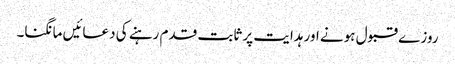
روز ے قبول ہونے اور ہدایت پر ثابت قدم رہنے کی دعائیں مانگنا۔